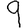
Digit: 9